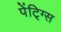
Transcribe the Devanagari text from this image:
पेंटि्ग्स